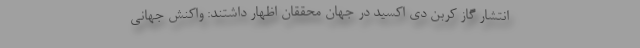
انتشار گاز کربن دی اکسید در جهان محققان اظهار داشتند: واکنش جهانی